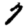
Digit: 7